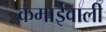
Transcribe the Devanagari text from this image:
कमाईवाली